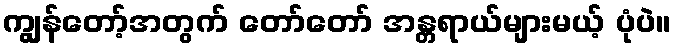
ကျွန်တော့်အတွက် တော်တော် အန္တရာယ်များမယ့် ပုံပဲ။